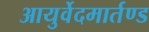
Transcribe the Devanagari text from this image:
आयुर्वेदमार्तण्ड